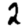
Digit: 2